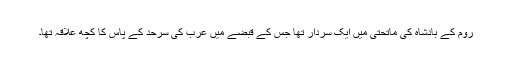
روم کے بادشاہ کی ماتحتی میں ایک سردار تھا جس کے قبضے میں عرب کی سرحد کے پاس کا کچھ علاقہ تھا۔